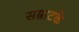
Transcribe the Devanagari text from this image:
सम्राटके